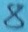
Text: 8